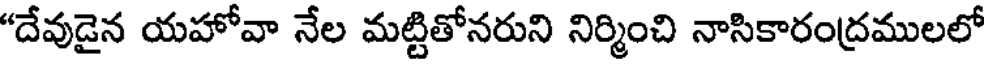
"దేవుడైన యహోవా నేల మట్టితోనరుని నిర్మించి నాసికారంద్రములలో